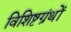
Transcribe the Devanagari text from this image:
विशिष्टग्रंथों